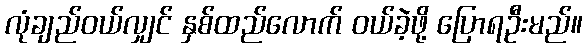
လုံချည်ဝယ်လျှင် နှစ်ထည်လောက် ဝယ်ခဲ့ဖို့ ပြောရဦးမည်။